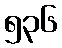
၅၃၆